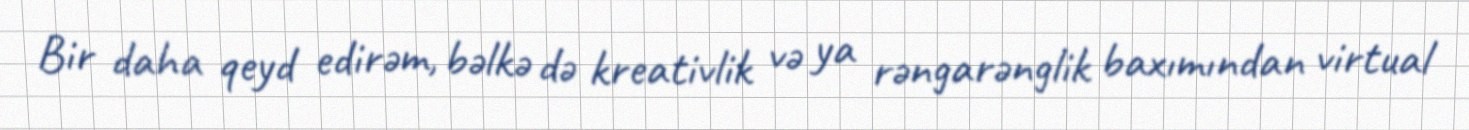
Bir daha qeyd edirəm, bəlkə də kreativlik və ya rəngarənglik baxımından virtual